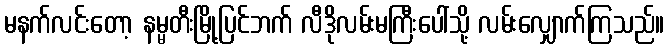
မနက်လင်းတော့ နမ္မတီးမြို့ပြင်ဘက် လီဒိုလမ်းမကြီးပေါ်သို့ လမ်းလျှောက်ကြသည်။